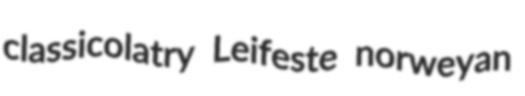
classicolatry Leifeste norweyan